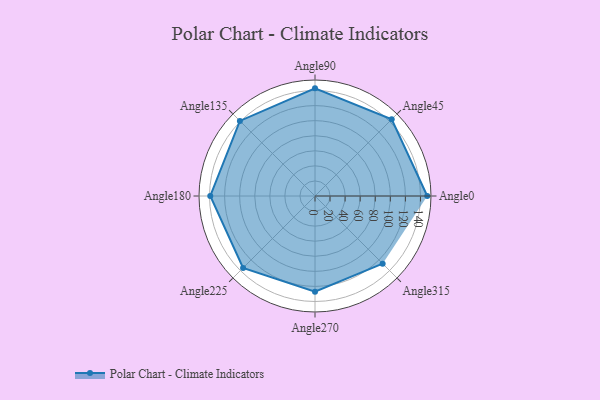
{"axis": {"x": "Angle", "y": "Radius"}, "legend": [""], "data": [{"x": "Angle0", "y": 149.0, "type": ""}, {"x": "Angle45", "y": 144.0, "type": ""}, {"x": "Angle90", "y": 143.0, "type": ""}, {"x": "Angle135", "y": 141.0, "type": ""}, {"x": "Angle180", "y": 139.0, "type": ""}, {"x": "Angle225", "y": 135.0, "type": ""}, {"x": "Angle270", "y": 127.0, "type": ""}, {"x": "Angle315", "y": 127.0, "type": ""}]}